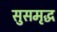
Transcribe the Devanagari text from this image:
सुसमृद्ध